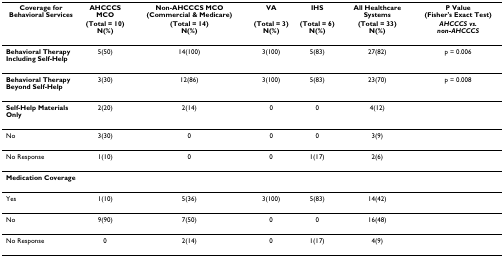
| Coverage for Behavioral Services | AHCCCS MCO | Non-AHCCCS MCO (Commercial & Medicare) | VA | IHS | All Healthcare Systems | P Value (Fisher's Exact Test) |
 |  | (Total = 10)N(%) | (Total = 14)N(%) | (Total = 3)N(%) | (Total = 6)N(%) | (Total = 33)N(%) | AHCCCS vs. non-AHCCCS |
 | --- | --- | --- | --- | --- | --- | --- |
 | Behavioral TherapyIncluding Self-Help | 5(50) | 14(100) | 3(100) | 5(83) | 27(82) | p = 0.006 |
 | Behavioral TherapyBeyond Self-Help | 3(30) | 12(86) | 3(100) | 5(83) | 23(70) | p = 0.008 |
 | Self-Help Materials Only | 2(20) | 2(14) | 0 | 0 | 4(12) |  |
 | No | 3(30) | 0 | 0 | 0 | 3(9) |  |
 | No Response | 1(10) | 0 | 0 | 1(17) | 2(6) |  |
 | Medication Coverage |  |  |  |  |  |  |
 | Yes | 1(10) | 5(36) | 3(100) | 5(83) | 14(42) |  |
 | No | 9(90) | 7(50) | 0 | 0 | 16(48) |  |
 | No Response | 0 | 2(14) | 0 | 1(17) | 4(9) |  |